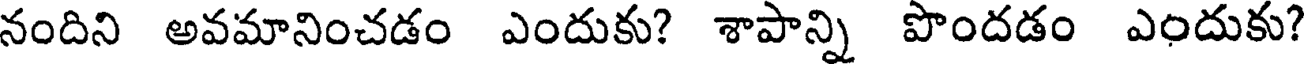
నందిని అవమానించడం ఎందుకు? శాపాన్ని పొందడం ఎందుకు?